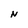
Character: N